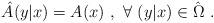
LaTeX: \begin{align*}\hat{A}(y|x) = A(x) \ , \ \forall \ (y|x) \in \hat{\Omega} \ .\end{align*}